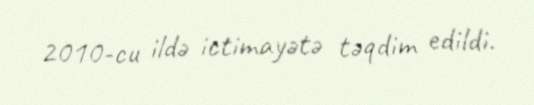
2010-cu ildə ictimayətə təqdim edildi.